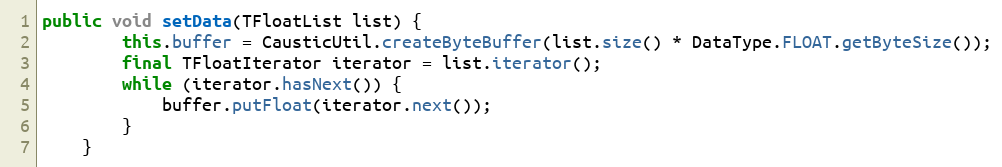
Language: Java
public void setData(TFloatList list) {
        this.buffer = CausticUtil.createByteBuffer(list.size() * DataType.FLOAT.getByteSize());
        final TFloatIterator iterator = list.iterator();
        while (iterator.hasNext()) {
            buffer.putFloat(iterator.next());
        }
    }